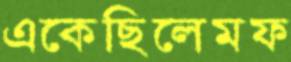
একেছিলেমফ